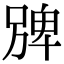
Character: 㗗